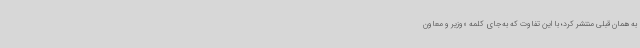
به همان قبلی منتشر کرد؛ با این تفاوت که به‌جای کلمه «وزیر و معاون